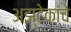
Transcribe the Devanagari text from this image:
अझ्टेकांचे